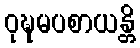
ဝုဍ္ဎမပစာယန္တိ